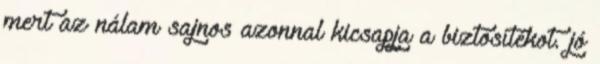
mert az nálam sajnos azonnal kicsapja a biztosítékot. jó